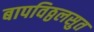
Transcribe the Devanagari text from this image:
बापविठ्ठलसुत